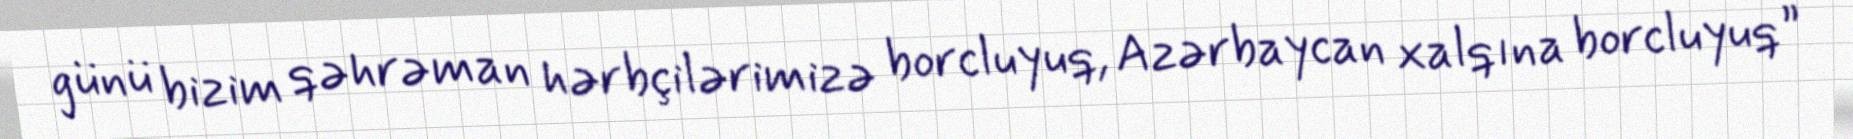
günü bizim qəhrəman hərbçilərimizə borcluyuq, Azərbaycan xalqına borcluyuq”